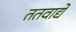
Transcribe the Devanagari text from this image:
ततवाद्ये